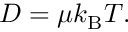
\begin{array} { r } { D = \mu k _ { \mathrm { B } } T . } \end{array}